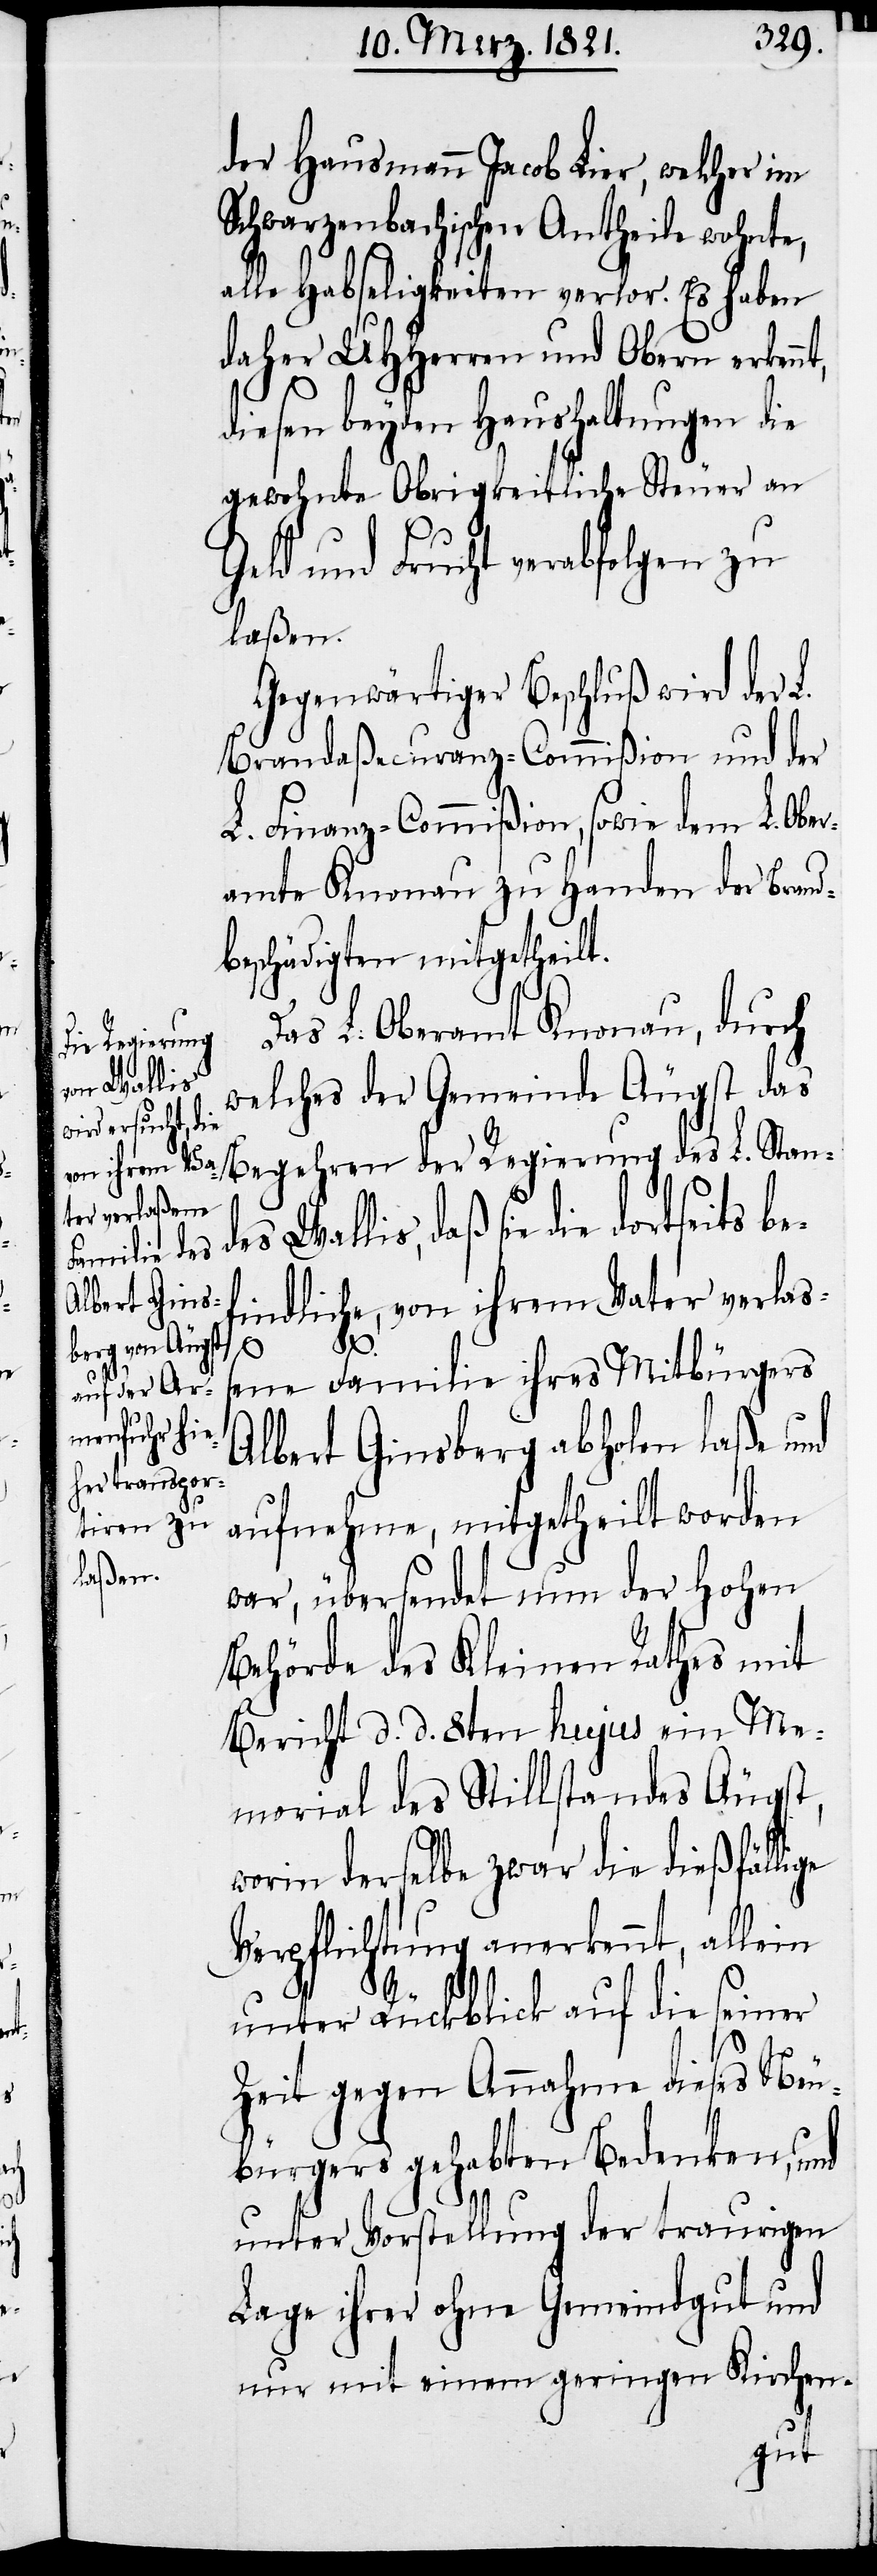
der Hausmann Jacob Lier, welcher im
Schwarzenbachischen Antheile wohnte,
alle Habseligkeiten verlor. Es haben
daher UHHerren und Obern erkennt,
diesen beyden Haushaltungen die
gewohnte Obrigkeitliche Steuer an
Geld und Frucht verabfolgen zu
laßen.
Gegenwärtiger Beschluß wird der L.
Brandaßecuranz-Commißion und der
L. Finanz-Commißion, sowie dem L. Ober¬
amte Knonau zu Handen der Brand¬
beschädigten mitgetheilt.
Das L. Oberamt Knonau, durch
welches der Gemeinde Äugst da¬
s Begehren der Regierung des L. Stand¬
Wallis, daß die dortseits be¬
findliche, von ihrem Vater verlaß¬
es
ene Familie ihres Mitbürgers
Albert Ginsberg abholen laße und
aufnehme, mitgetheilt worden
war, übersendet nun der hohen
Behörde des Kleinen Rathes mit
Bericht d. d. 8ten hujus ein Me¬
morial des Stillstandes Äugst,
worin derselbe zwar die dießfällige
Verpflichtung anerkennt, allein
unter Rückblick auf die seiner
Zeit gegen Annahme dieses Neu¬
bürgers gehabten Bedenken, und
unter Vorstellung der traurigen
Lage ihrer ohne Gemeindgut und
nur mit einem geringen Kirchen-